Source: Handwritten
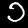
Digit: ၁ (1)